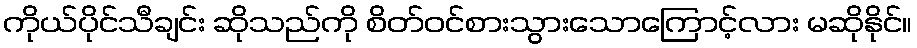
ကိုယ်ပိုင်သီချင်း ဆိုသည်ကို စိတ်ဝင်စားသွားသောကြောင့်လား မဆိုနိုင်။